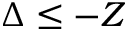
\Delta \le - Z